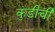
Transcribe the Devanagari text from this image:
कुंडीची